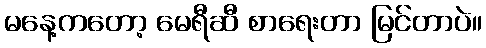
မနေ့ကတော့ မေရီဆီ စာရေးတာ မြင်တာပဲ။